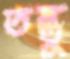
তন্তু